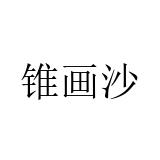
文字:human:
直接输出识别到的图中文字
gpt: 锥画沙